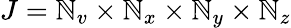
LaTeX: J=\mathbb{N}_{v}\times\mathbb{N}_{x}\times\mathbb{N}_{y}\times\mathbb{N}_{z}